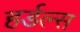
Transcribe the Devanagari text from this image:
हर्डल्स